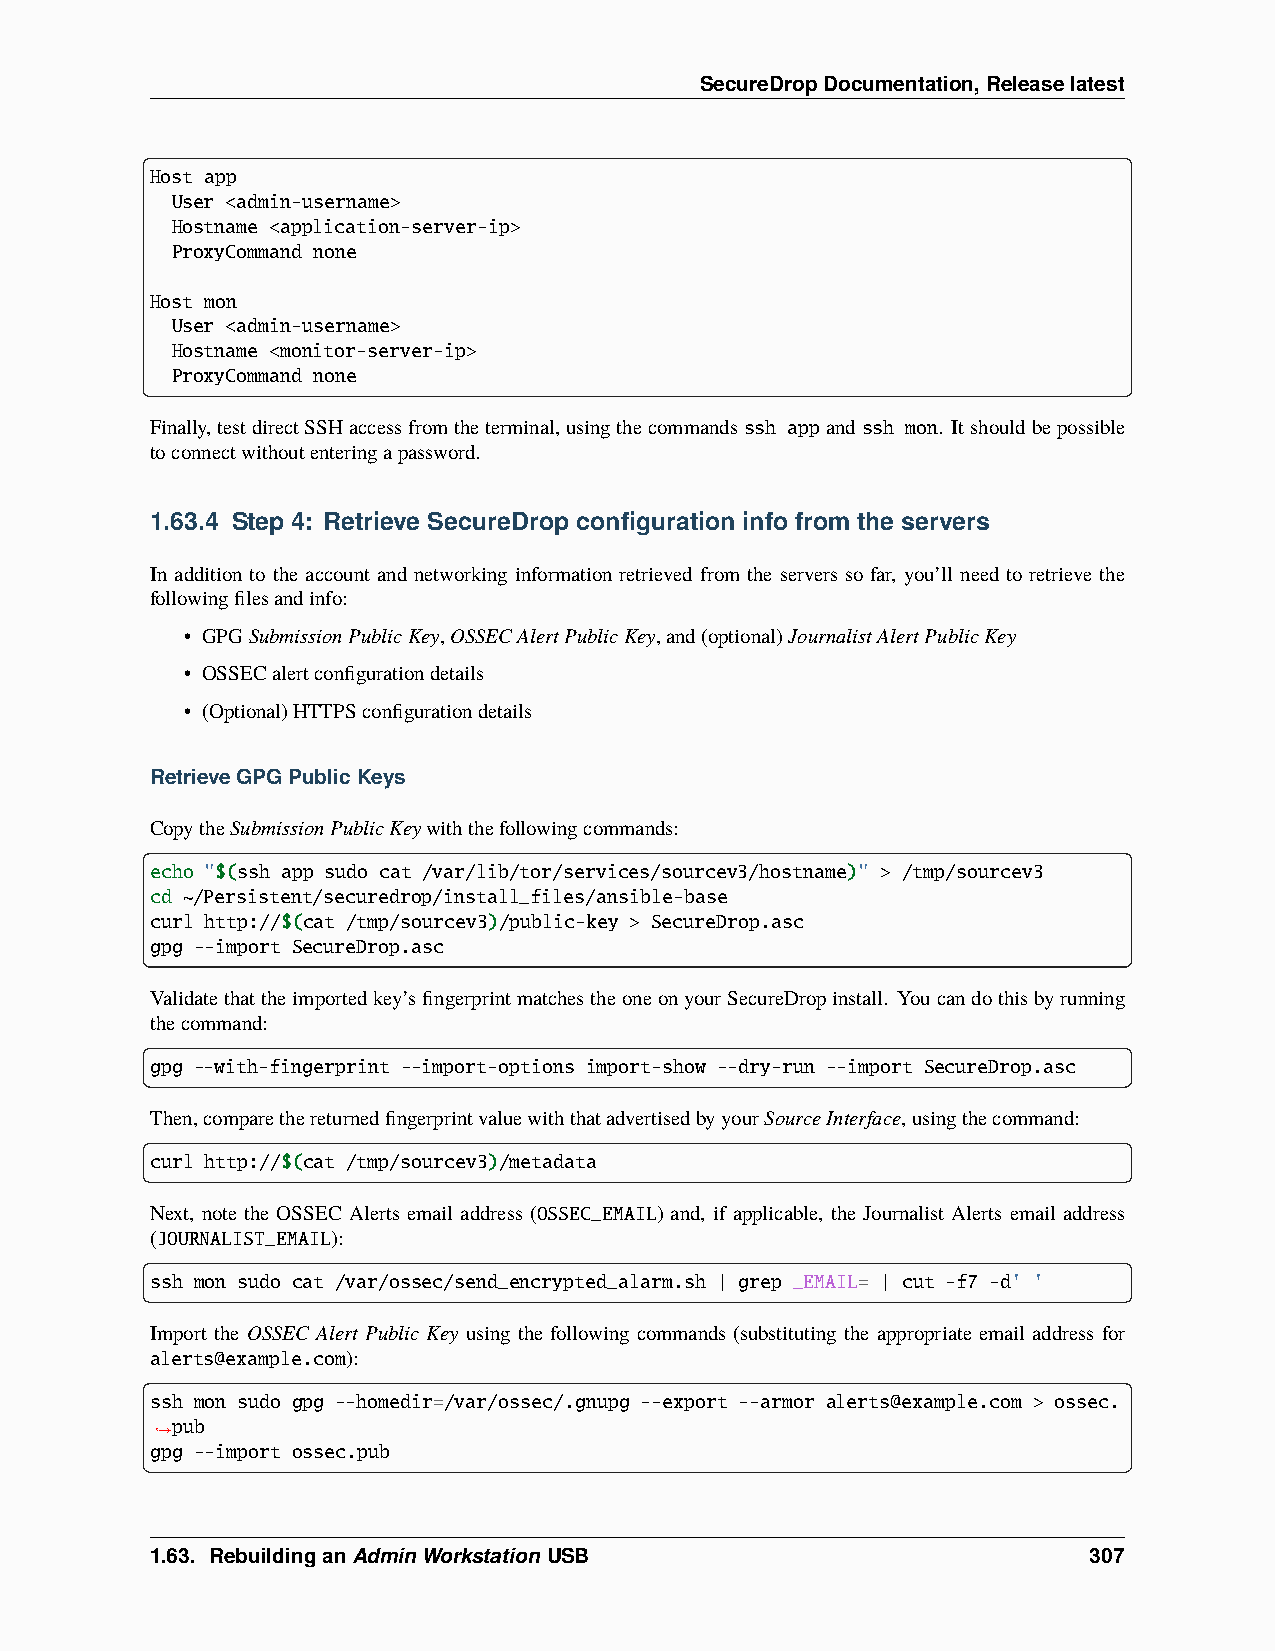
SecureDropDocumentation,Releaselatest
 Host app
 User <admin-username>
 Hostname <application-server-ip>
 ProxyCommand none
 Host mon
 User <admin-username>
 Hostname <monitor-server-ip>
 ProxyCommand none
 Finally,testdirectSSHaccessfromtheterminal,usingthecommandsssh appandssh mon. Itshouldbepossible
 toconnectwithoutenteringapassword.
 1.63.4 Step 4: Retrieve SecureDrop configuration info from the servers
 In addition to the account and networking information retrieved from the servers so far, you’ll need to retrieve the
 followingfilesandinfo:
 • GPGSubmissionPublicKey,OSSECAlertPublicKey,and(optional)JournalistAlertPublicKey
 • OSSECalertconfigurationdetails
 • (Optional)HTTPSconfigurationdetails
 RetrieveGPGPublicKeys
 CopytheSubmissionPublicKeywiththefollowingcommands:
 echo "$(ssh app sudo cat /var/lib/tor/services/sourcev3/hostname)" > /tmp/sourcev3
 cd ~/Persistent/securedrop/install_files/ansible-base
 curl http://$(cat /tmp/sourcev3)/public-key > SecureDrop.asc
 gpg --import SecureDrop.asc
 Validatethattheimportedkey’sfingerprintmatchestheoneonyourSecureDropinstall. Youcandothisbyrunning
 thecommand:
 gpg --with-fingerprint --import-options import-show --dry-run --import SecureDrop.asc
 Then,comparethereturnedfingerprintvaluewiththatadvertisedbyyourSourceInterface,usingthecommand:
 curl http://$(cat /tmp/sourcev3)/metadata
 Next, note the OSSEC Alerts email address (OSSEC_EMAIL) and, if applicable, the Journalist Alerts email address
 (JOURNALIST_EMAIL):
 ssh mon sudo cat /var/ossec/send_encrypted_alarm.sh | grep _EMAIL= | cut -f7 -d' '
 Import the OSSEC Alert Public Key using the following commands (substituting the appropriate email address for
 alerts@example.com):
 ssh mon sudo gpg --homedir=/var/ossec/.gnupg --export --armor alerts@example.com > ossec.
 pub
 ˓→
 gpg --import ossec.pub
 1.63. RebuildinganAdminWorkstationUSB                         307